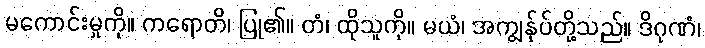
မကောင်းမှုကို။ ကရောတိ၊ ပြု၏။ တံ၊ ထိုသူကို။ မယံ၊ အကျွန်ုပ်တို့သည်။ ဒိဂုဏံ၊